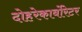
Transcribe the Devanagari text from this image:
दोहरेकार्बोरेटर